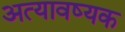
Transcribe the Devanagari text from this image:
अत्यावष्यक